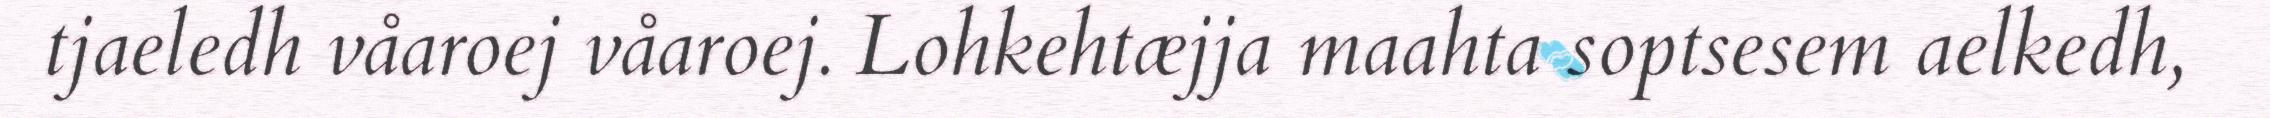
tjaeledh våaroej våaroej. Lohkehtæjja maahta soptsesem aelkedh,